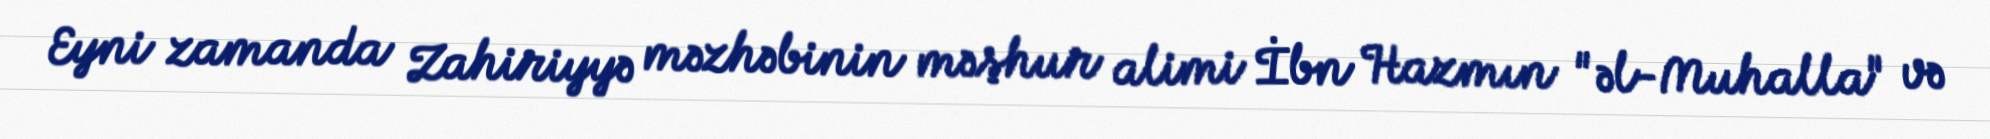
Eyni zamanda Zahiriyyə məzhəbinin məşhur alimi İbn Hazmın "əl-Muhalla" və